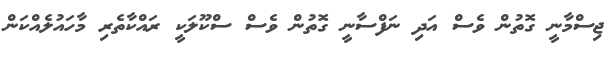
ޖިސްމާނީ ގޮތުން ވެސް އަދި ނަފްސާނީ ގޮތުން ވެސް ސްކޫލަކީ ރައްކާތެރި މާހައުލެއްކަން